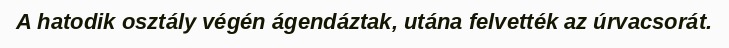
A hatodik osztály végén ágendáztak, utána felvették az úrvacsorát.